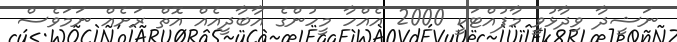
ނަޝީދާ ވިދާޅުވީ މާފުއްޓަކީ 2000 އެއްހާ މީހުންގެ އާބާދީއެއް އޮތް ރަށެއް ނަމަވެސް